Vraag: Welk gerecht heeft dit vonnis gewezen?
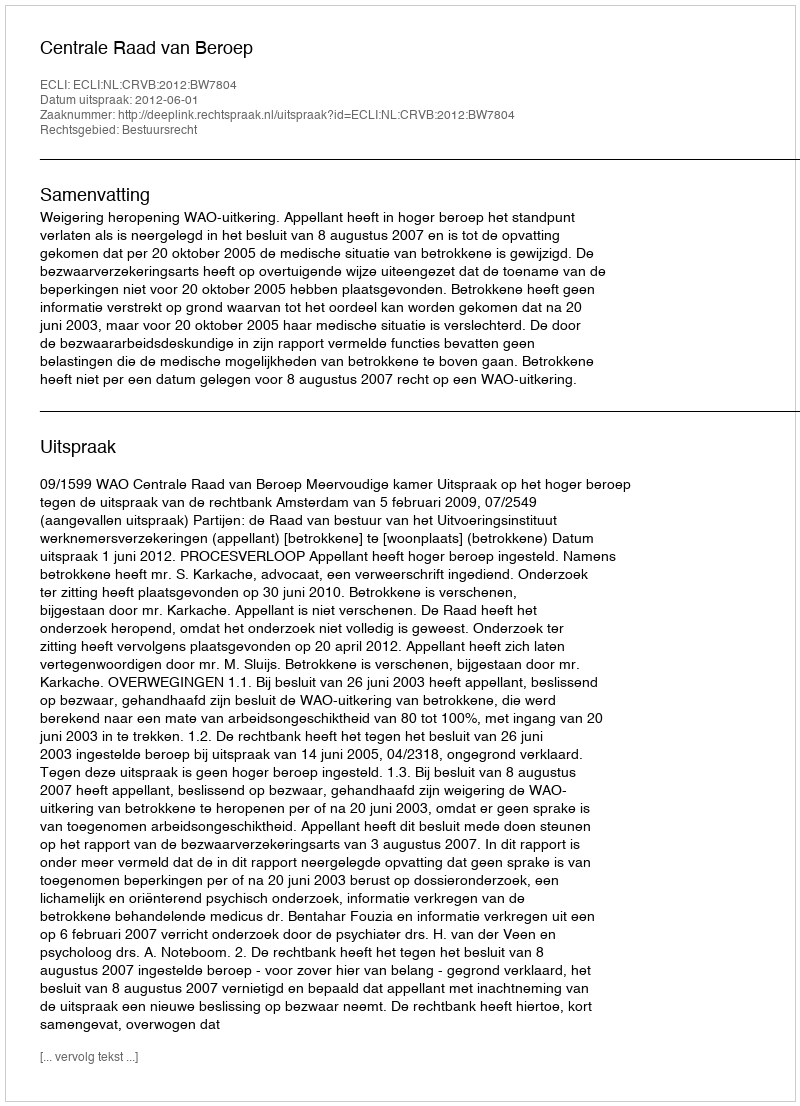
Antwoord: Centrale Raad van Beroep